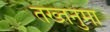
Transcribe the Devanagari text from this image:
तख्तनुमा